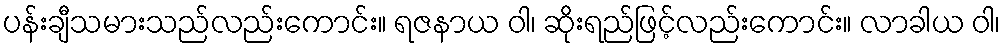
ပန်းချီသမားသည်လည်းကောင်း။ ရဇနာယ ဝါ၊ ဆိုးရည်ဖြင့်လည်းကောင်း။ လာခါယ ဝါ၊